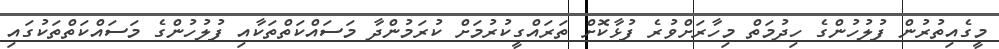
މީގެއިތުރުން ފުލުހުންގެ ހިދުމަތް މިހާރަށްވުރެ ފުޅާކޮށް ތަރައްގީކުރުމަށް ކުރަމުންދާ މަސައްކަތްތަކާއި ފުލުހުންގެ މަސައްކަތްތަކުގައި